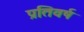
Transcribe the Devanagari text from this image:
प्रतिवर्ष